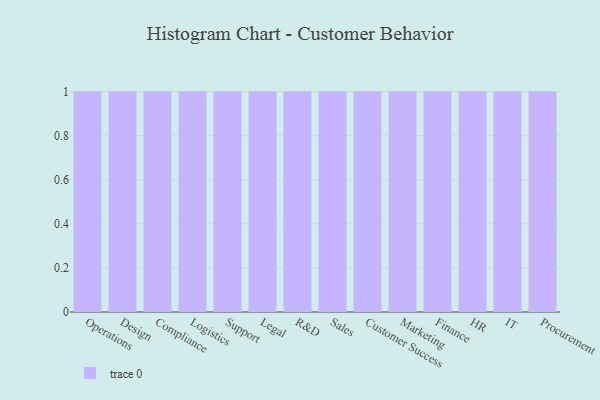
{"axis": {"x": "Department", "y": "Bounce Rate (%)"}, "legend": [""], "data": [{"x": "Operations", "y": 90, "type": ""}, {"x": "Design", "y": 62, "type": ""}, {"x": "Compliance", "y": 95, "type": ""}, {"x": "Logistics", "y": 67, "type": ""}, {"x": "Support", "y": 13, "type": ""}, {"x": "Legal", "y": 78, "type": ""}, {"x": "R&D", "y": 44, "type": ""}, {"x": "Sales", "y": 87, "type": ""}, {"x": "Customer Success", "y": 88, "type": ""}, {"x": "Marketing", "y": 70, "type": ""}, {"x": "Finance", "y": 77, "type": ""}, {"x": "HR", "y": 64, "type": ""}, {"x": "IT", "y": 88, "type": ""}, {"x": "Procurement", "y": 16, "type": ""}]}